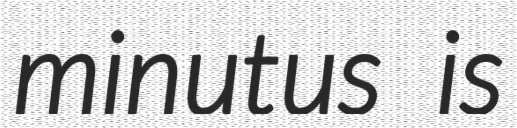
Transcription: minutus is